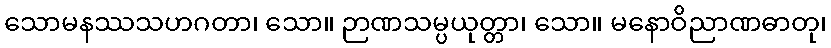
သောမနဿသဟဂတာ၊ သော။ ဉာဏသမ္ပယုတ္တာ၊ သော။ မနောဝိညာဏဓာတု၊